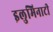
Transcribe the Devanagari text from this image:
इलुमिनाटी